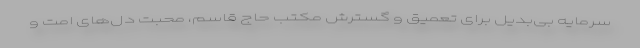
سرمایه بی‌بدیل برای تعمیق و گسترش مکتب حاج قاسم، محبت دل‌های امت و